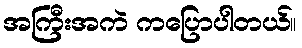
အကြီးအကဲ ကပြောပါတယ်။